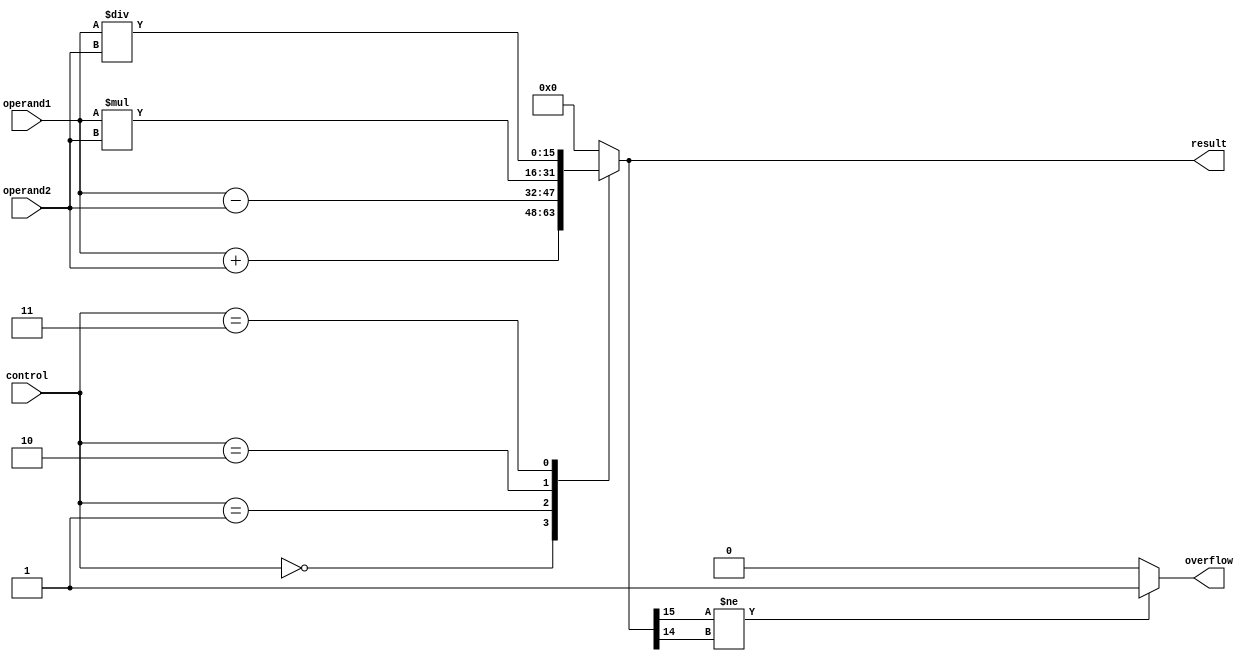
module ALU (
    input [15:0] operand1,
    input [15:0] operand2,
    input [3:0] control,
    output reg [15:0] result,
    output reg overflow
);

reg [15:0] temp_result;

always @ (*)
begin
    case(control)
        4'b0000: temp_result = operand1 + operand2; // addition
        4'b0001: temp_result = operand1 - operand2; // subtraction
        4'b0010: temp_result = operand1 * operand2; // multiplication
        4'b0011: temp_result = operand1 / operand2; // division
        // add more operations as needed
        
        default: temp_result = 16'b0000000000000000;
    endcase
    
    if(temp_result[15] != temp_result[14]) // overflow detection
        overflow = 1;
    else
        overflow = 0;
    
    result = temp_result;
end

endmodule